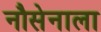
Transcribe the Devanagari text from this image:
नौसेनाला